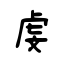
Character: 虔